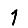
Digit: 1